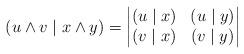
LaTeX: \begin{align*}(u\wedge v \mid x\wedge y)= \begin{vmatrix}(u\mid x) & (u\mid y) \\ (v\mid x) & (v\mid y)\end{vmatrix}\end{align*}